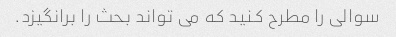
سوالی را مطرح کنید که می تواند بحث را برانگیزد.